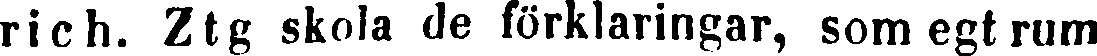
rich. Ztg skola de förklaringar, som egtrum